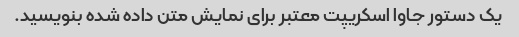
یک دستور جاوا اسکریپت معتبر برای نمایش متن داده شده بنویسید.